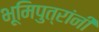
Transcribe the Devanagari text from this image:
भूमिपुत्रांनी